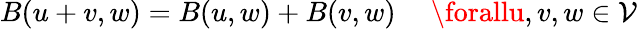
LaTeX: B(u+v,w)=B(u,w)+B(v,w)\ \quad\forallu,v,w\in\mathcal{V}